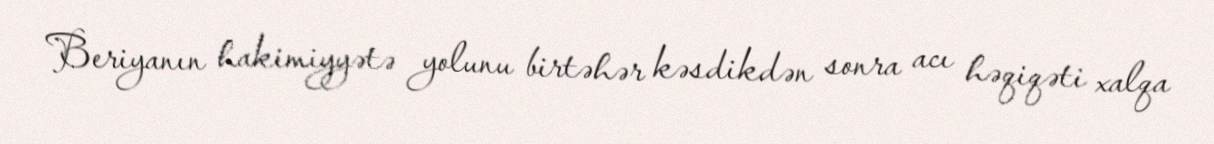
Beriyanın hakimiyyətə yolunu birtəhər kəsdikdən sonra acı həqiqəti xalqa